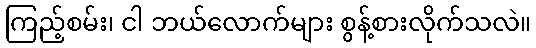
ကြည့်စမ်း၊ ငါ ဘယ်လောက်များ စွန့်စားလိုက်သလဲ။